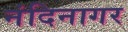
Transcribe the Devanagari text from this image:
नंदिनागर